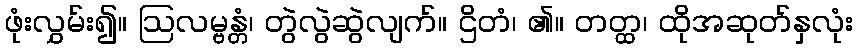
ဖုံးလွှမ်း၍။ ဩလမ္ဗန္တံ၊ တွဲလွဲဆွဲလျက်။ ဌိတံ၊ ၏။ တတ္ထ၊ ထိုအဆုတ်နှလုံး